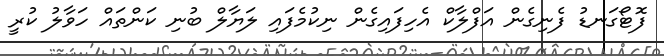
ފޮޓޯގަނޑު ފެނިގެން އަފްލާކް އެހިފައިގެން ނިކުމެފައި ލަޔާލް ބުނި ކަންތައް ހަވާލު ކުރީ